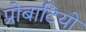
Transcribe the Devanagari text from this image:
प्रोबाटियो